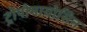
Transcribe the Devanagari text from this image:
ट्रोपोमायोसिन